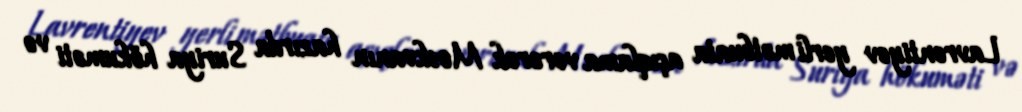
Lavrentiyev yerli mətbuata açıqlama verərək Moskvanın hazırda Suriya hökuməti və